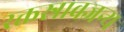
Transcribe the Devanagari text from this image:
रक्तस्रावजन्य